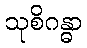
သုစိဂန္ဓာ